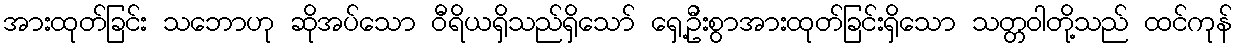
အားထုတ်ခြင်း သဘောဟု ဆိုအပ်သော ဝီရိယရှိသည်ရှိသော် ရှေ့ဦးစွာအားထုတ်ခြင်းရှိသော သတ္တဝါတို့သည် ထင်ကုန်